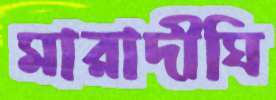
মারাদীঘি